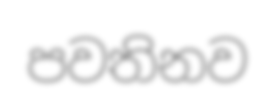
පවතිනව